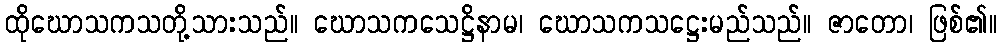
ထိုဃောသကသတို့သားသည်။ ဃောသကသေဋ္ဌိနာမ၊ ဃောသကသဋ္ဌေးမည်သည်။ ဇာတော၊ ဖြစ်၏။